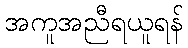
အကူအညီရယူရန်